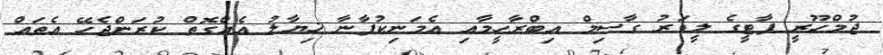
ޖުމްހޫރީ ޕާޓީގެ ލީޑަރު ގާސިމް އިބްރާހީމާއި އެމަނިކުފާނާ ޚިޔާލު އެއްގޮތް ކުރަންޖެހޭ އެތައް